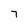
Character: 7